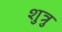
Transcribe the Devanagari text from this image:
शुत्रु